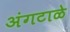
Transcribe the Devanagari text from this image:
अंगटाळे